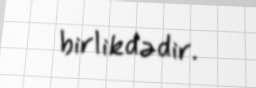
birlikdədir.